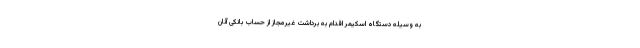
به وسیله دستگاه اسکیمر اقدام به برداشت غیرمجاز از حساب بانکی آنان